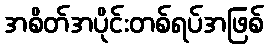
အစိတ်အပိုင်းတစ်ရပ်အဖြစ်